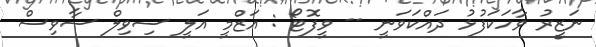
ނަޒީރު ވާހަކަފުޅު ދައްކަވަނީ -- ވީފޮޓޯ : އަޒްމީ އަލީ ސިވިލް ސާވިސް